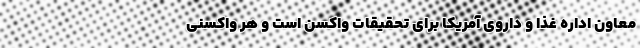
معاونِ اداره غذا و داروی آمریکا برای تحقیقاتِ واکسن است و هر واکسنی